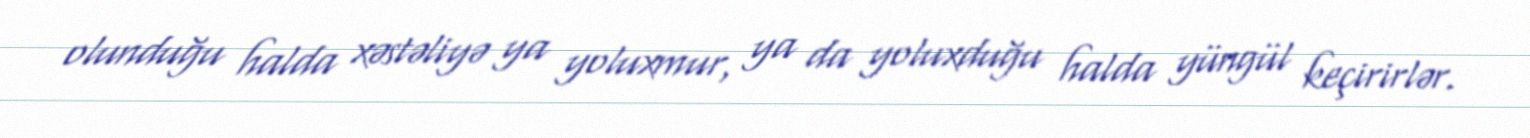
olunduğu halda xəstəliyə ya yoluxmur, ya da yoluxduğu halda yüngül keçirirlər.